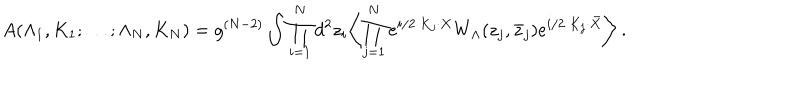
A ( \Lambda _ { 1 } , K _ { 1 } ; \ldots ; \Lambda _ { N } , K _ { N } ) = g ^ { ( N - 2 ) } \int \prod _ { i = 1 } ^ { N } d ^ { 2 } z _ { i } \biggl \langle \prod _ { j = 1 } ^ { N } e ^ { i / 2 \ K _ { j } \cdot X } W _ { \Lambda } ( z _ { j } , { \bar { z } } _ { j } ) e ^ { i / 2 \ K _ { j } \cdot \bar { X } } \biggl \rangle \ .